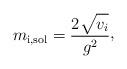
LaTeX: \begin{align*}m_{\rm i,sol}= {2\sqrt{\mathstrut v_{i}}\over g^{2}}\raise 2pt\hbox{,}\end{align*}